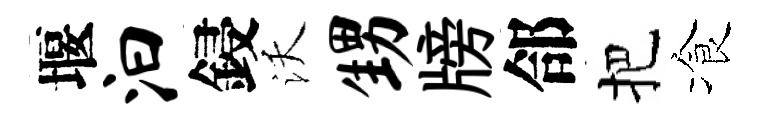
堰汩鋟沃甥牓郃把飡